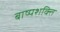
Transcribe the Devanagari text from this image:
बाष्पशक्ति